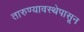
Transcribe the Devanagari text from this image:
तारुण्यावस्थेपासून